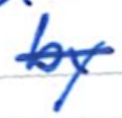
Text: by
Cross-out: single-line
Writing tool: ballpoint